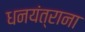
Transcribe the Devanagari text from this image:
धनयंत्राना